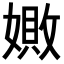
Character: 𪦚